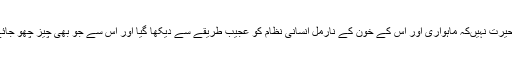
اسی لئیے اس تاریخ‌کو پڑھ کر قطعا” حیرت نہیں‌کہ ماہواری اور اس کے خون کے نارمل انسانی نظام کو عجیب طریقے سے دیکھا گیا اور اس سے جو بھی چیز چھو جائے اس کو گندہ یا ناپاک تصور کیا گیا۔